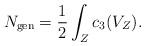
LaTeX: \begin{align*}N_{\rm gen}={1\over 2} \int_Z c_3(V_Z).\end{align*}